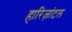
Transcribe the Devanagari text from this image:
हारिज़ांटल